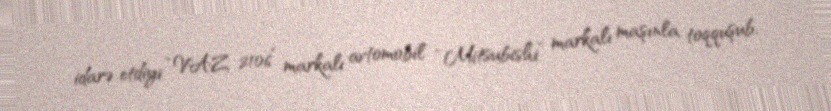
idarə etdiyi “VAZ 2106” markalı avtomobil “Mitsubishi” markalı maşınla toqquşub,